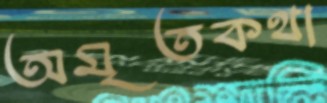
অমৃতকথা